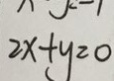
2 x + y = 0